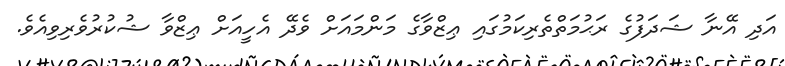
އަދި އޭނާ ޝަދަފުގެ ރަޙުމަތްތެރިކަމުގައި ޢިޒްވާގެ މަންމައަށް ވެދޭ އެހީއަށް ޢިޒްވާ ޝުކުރުވެރިވިއެވެ.